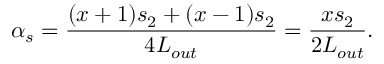
\alpha _ { s } = \frac { ( x + 1 ) s _ { 2 } + ( x - 1 ) s _ { 2 } } { 4 L _ { o u t } } = \frac { x s _ { 2 } } { 2 L _ { o u t } } .